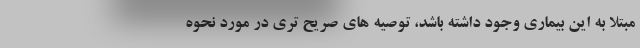
مبتلا به این بیماری وجود داشته باشد، توصیه های صریح تری در مورد نحوه